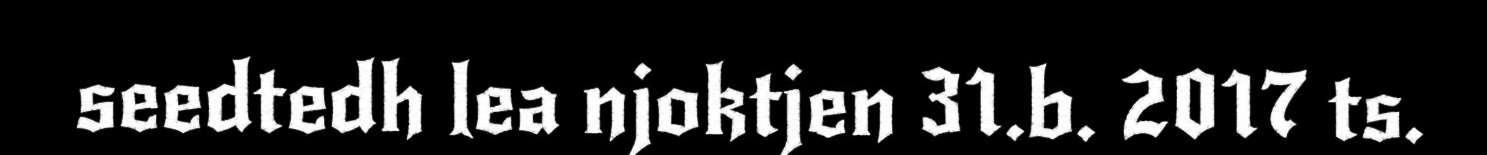
seedtedh lea njoktjen 31.b. 2017 ts.